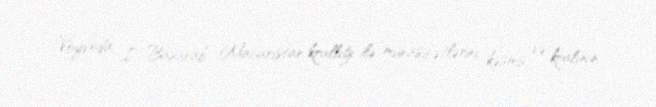
Voyvoda I Basarab, Macarıstan krallığı ilə münasibətlərini kəsmiş və kralının